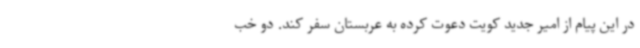
در این پیام از امیر جدید کویت دعوت کرده به عربستان سفر کند. دو خب